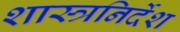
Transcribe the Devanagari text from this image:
शास्त्रनिर्देश